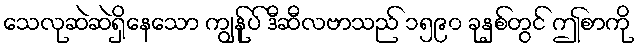
သေလုဆဲဆဲရှိနေသော ကျွန်ုပ် ဒီဆီလဗာသည် ၁၅၉၀ ခုနှစ်တွင် ဤစာကို